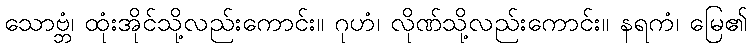
သောဗ္ဘံ၊ ထုံးအိုင်သို့လည်းကောင်း။ ဂုဟံ၊ လိုဏ်သို့လည်းကောင်း။ နရကံ၊ မြေ၏